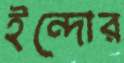
ইন্দোর